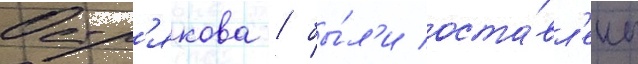
Остр'якова / бы́л'и оста́вл'ены